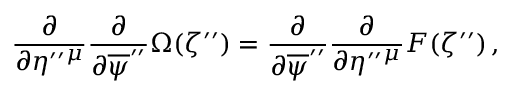
\frac { \partial } { \partial \eta ^ { \prime \prime } { } ^ { \mu } } \frac { \partial } { \partial \overline { { { \psi } } } ^ { \prime \prime } } \Omega ( \zeta ^ { \prime \prime } ) = \frac { \partial } { \partial \overline { { { \psi } } } ^ { \prime \prime } } \frac { \partial } { \partial \eta ^ { \prime \prime } { } ^ { \mu } } F ( \zeta ^ { \prime \prime } ) \, ,